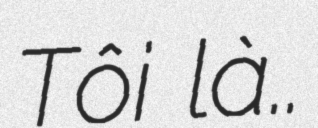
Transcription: Tôi là..